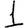
Digit: 1